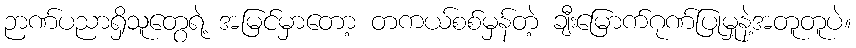
ဉာဏ်ပညာရှိသူတွေရဲ့ အမြင်မှာတော့ တကယ်စစ်မှန်တဲ့ ချီးမြောက်ဂုဏ်ပြုမှုနဲ့အတူတူပဲ။